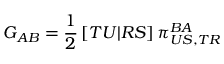
G _ { A B } = \frac { 1 } { 2 } \left[ T U | R S \right] \pi _ { U S , T R } ^ { B A }